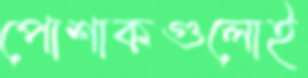
পোশাকগুলোই